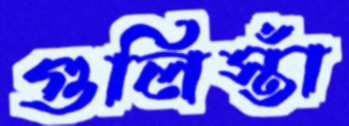
গুলিস্তাঁ